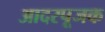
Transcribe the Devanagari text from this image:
आदरपूजक